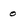
Character: 0